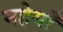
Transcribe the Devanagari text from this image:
महेमाँ